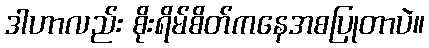
ဒါဟာလည်း စိုးရိမ်စိတ်ကနေအစပြုတာပဲ။